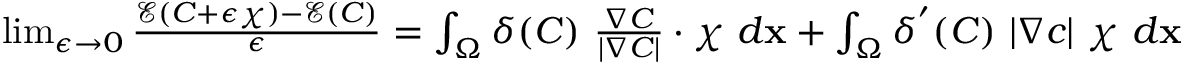
\begin{array} { r } { \operatorname* { l i m } _ { \epsilon \to 0 } \frac { \mathcal { E } ( C + \epsilon \chi ) - \mathcal { E } ( C ) } { \epsilon } = \int _ { \Omega } \delta ( C ) \ \frac { \nabla C } { | \nabla C | } \cdot \chi \ d \mathbf { x } + \int _ { \Omega } \delta ^ { ' } ( C ) \ | \nabla c | \ \chi \ d \mathbf { x } } \end{array}